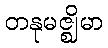
တနုမဇ္ဈိမာ